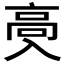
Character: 𱅶